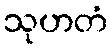
သုဟတံ